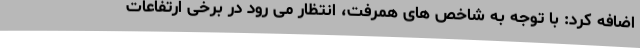
اضافه کرد: با توجه به شاخص های همرفت، انتظار می رود در برخی ارتفاعات